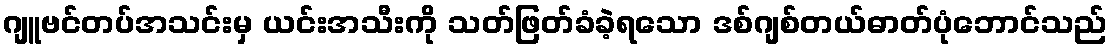
ဂျူဗင်တပ်အသင်းမှ ယင်းအသီးကို သတ်ဖြတ်ခံခဲ့ရသော ဒစ်ဂျစ်တယ်ဓာတ်ပုံဘောင်သည်